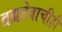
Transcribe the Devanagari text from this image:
ब्रह्मदेवाचीही